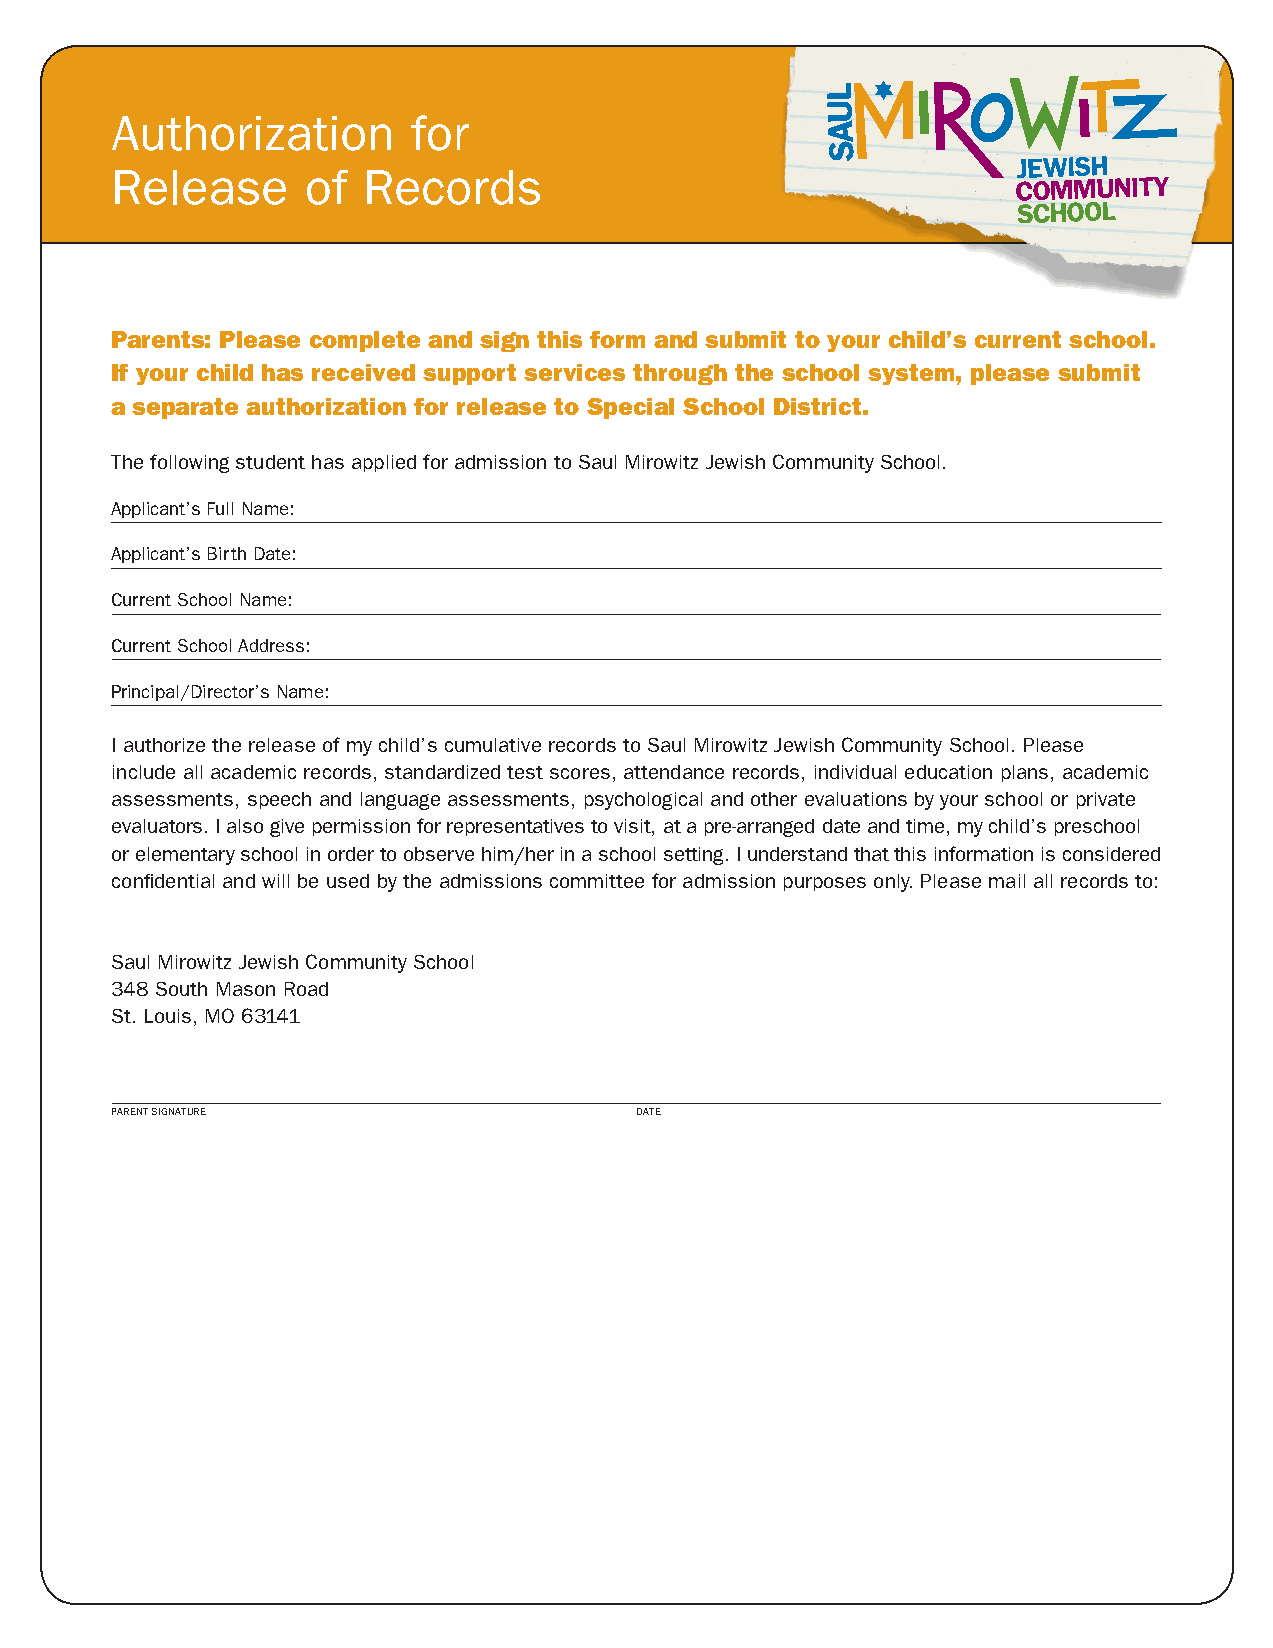
Authorization       for
 Release      of  Records
 Parents: Please complete and sign this form and submit to your child’s current school.
 If your child has received support services through the school system, please submit
 a separate authorization for release to Special School District.
 The following student has applied for admission to Saul Mirowitz Jewish Community School.
 Applicant’s Full Name:
 Applicant’s Birth Date:
 Current School Name:
 Current School Address:
 Principal/Director’s Name:
 I authorize the release of my child’s cumulative records to Saul Mirowitz Jewish Community School. Please
 include all academic records, standardized test scores, attendance records, individual education plans, academic
 assessments, speech and language assessments, psychological and other evaluations by your school or private
 evaluators. I also give permission for representatives to visit, at a pre-arranged date and time, my child’s preschool
 or elementary school in order to observe him/her in a school setting. I understand that this information is considered
 confidential and will be used by the admissions committee for admission purposes only. Please mail all records to:
 Saul Mirowitz Jewish Community School
 348 South Mason Road
 St. Louis, MO 63141
 PAReNT SIgNATuRe                   DATe